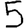
Digit: 5